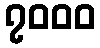
၇၀၀၀